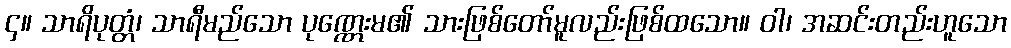
၄။ သာရိပုတ္တံ၊ သာရီမည်သော ပုဏ္ဏေးမ၏ သားဖြစ်တော်မူလည်းဖြစ်ထသော။ ဝါ၊ အဆင်းတည်းဟူသော